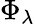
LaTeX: \Phi_{\lambda}